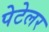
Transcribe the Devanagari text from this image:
पेटेलर